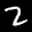
Label: 2